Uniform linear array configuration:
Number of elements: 12
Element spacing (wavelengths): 0.25
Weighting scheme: binomial
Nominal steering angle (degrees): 30
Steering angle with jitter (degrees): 31.522
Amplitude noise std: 0.05
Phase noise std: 0.05

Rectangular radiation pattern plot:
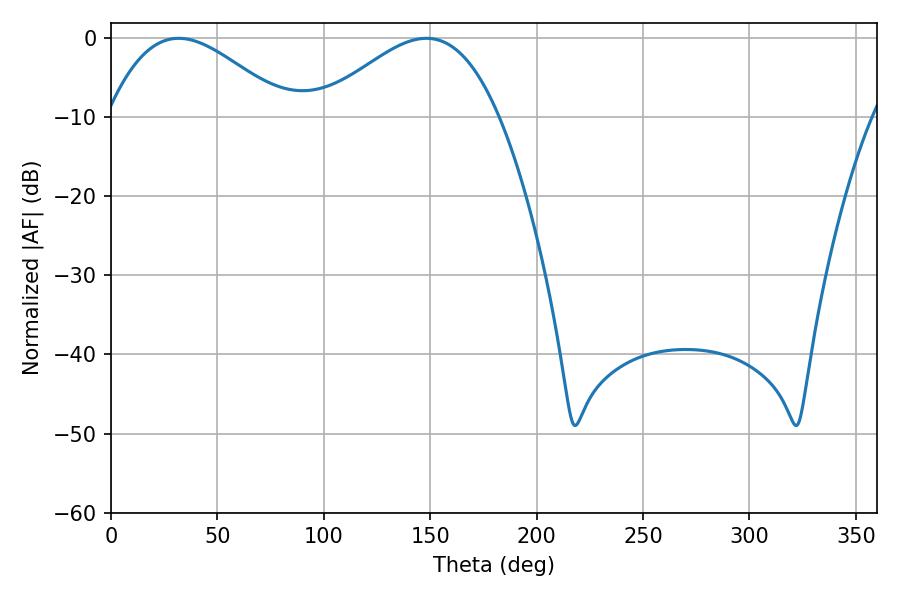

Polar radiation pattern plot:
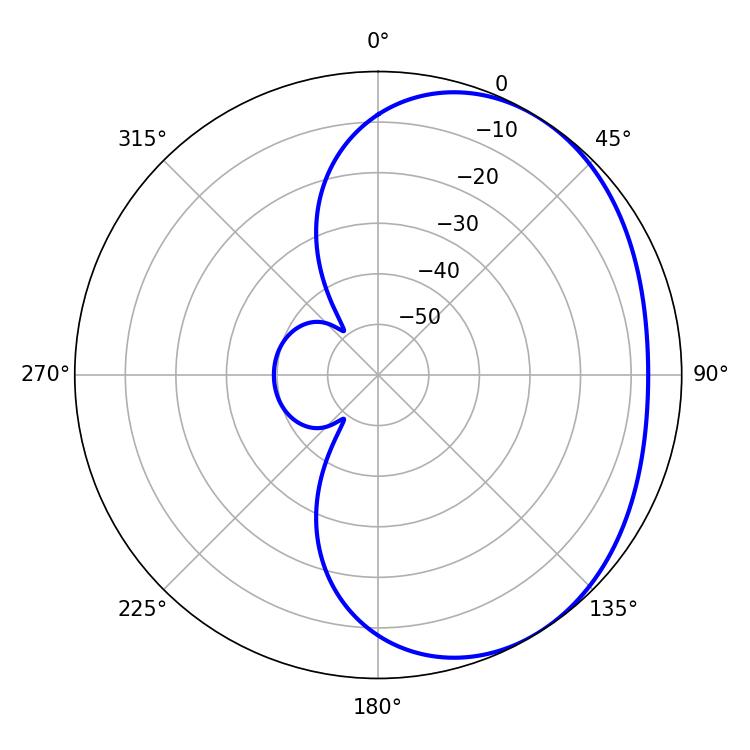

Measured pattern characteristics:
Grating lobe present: FALSE
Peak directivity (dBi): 2.836
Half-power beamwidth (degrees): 45.54
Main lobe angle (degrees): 31.86